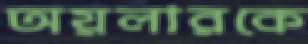
অয়লারকে